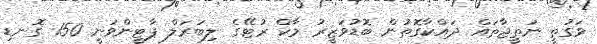
ވަގުތީ ނަތީޖާތައް ދައްކާގޮތުން ބޮޑުވަޒީރު މާކް ރުޓޭގެ ލިބަރަލް ޕާޓީންވަނީ 150 ގޮނޑި